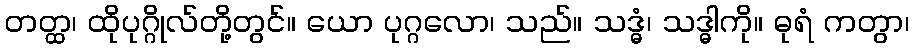
တတ္ထ၊ ထိုပုဂ္ဂိုလ်တို့တွင်။ ယော ပုဂ္ဂလော၊ သည်။ သဒ္ဓံ၊ သဒ္ဓါကို။ ဓုရံ ကတွာ၊